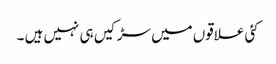
کئی علاقوں میں سڑکیں ہی نہیں ہیں ۔